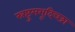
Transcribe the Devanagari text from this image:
स्रष्टुमभूदिच्छा